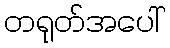
တရုတ်အပေါ်